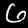
Label: 6